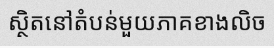
ស្ថិតនៅតំបន់មួយភាគខាងលិច